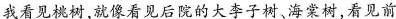
我看见桃树，就像看见后院的大李子树海树，看见前